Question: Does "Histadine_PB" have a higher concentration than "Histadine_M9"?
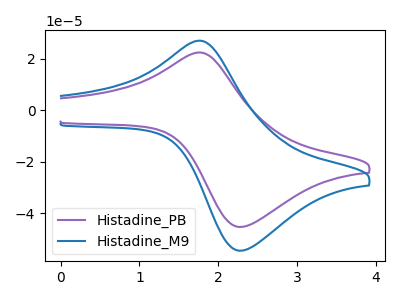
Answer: <think>The purple curve "Histadine_PB" has an anodic peak at (1.75V, 22.45uA) and a cathodic peak at (2.30V, -45.20uA). The blue curve "Histadine_M9" has an anodic peak at (1.75V, 27.05uA) and a cathodic peak at (2.30V, -54.40uA).
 All the peaks in "Histadine_PB" have a peak in "Histadine_M9" at the same potential. Every peak in "Histadine_PB" is lower than every peak in "Histadine_M9".</think>
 <answer>"Histadine_PB" has less signal than "Histadine_M9" and so likely has a lower concentration.</answer>
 <eval>less_concentration</eval>